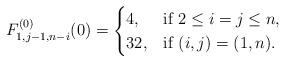
LaTeX: \begin{align*} F_{1,j-1,n-i}^{(0)}(0)=\begin{cases} 4,& \mbox{if}\ 2\leq i=j\leq n,\\ 32,& \mbox{if}\ (i,j)=(1,n). \end{cases}\end{align*}